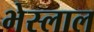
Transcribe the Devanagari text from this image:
भेस्‍लाल